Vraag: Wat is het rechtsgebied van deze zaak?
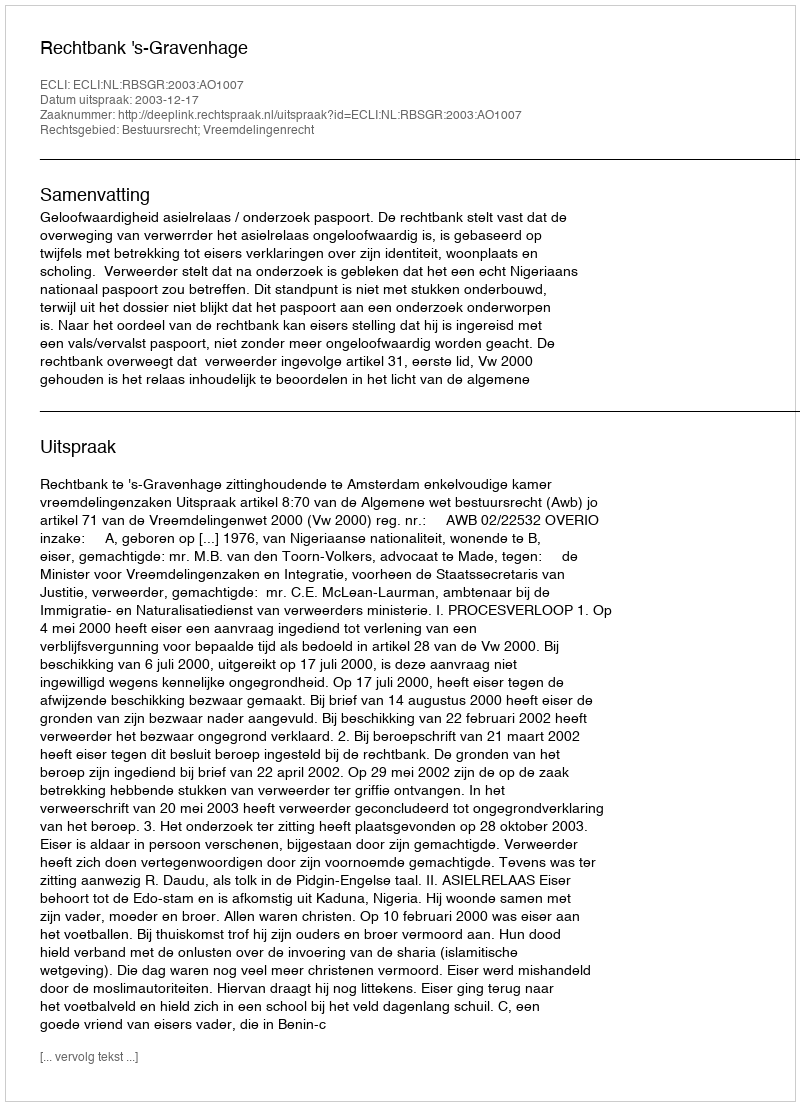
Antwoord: Bestuursrecht; Vreemdelingenrecht